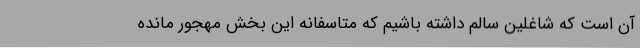
آن است که شاغلین سالم داشته باشیم که متاسفانه این بخش مهجور مانده